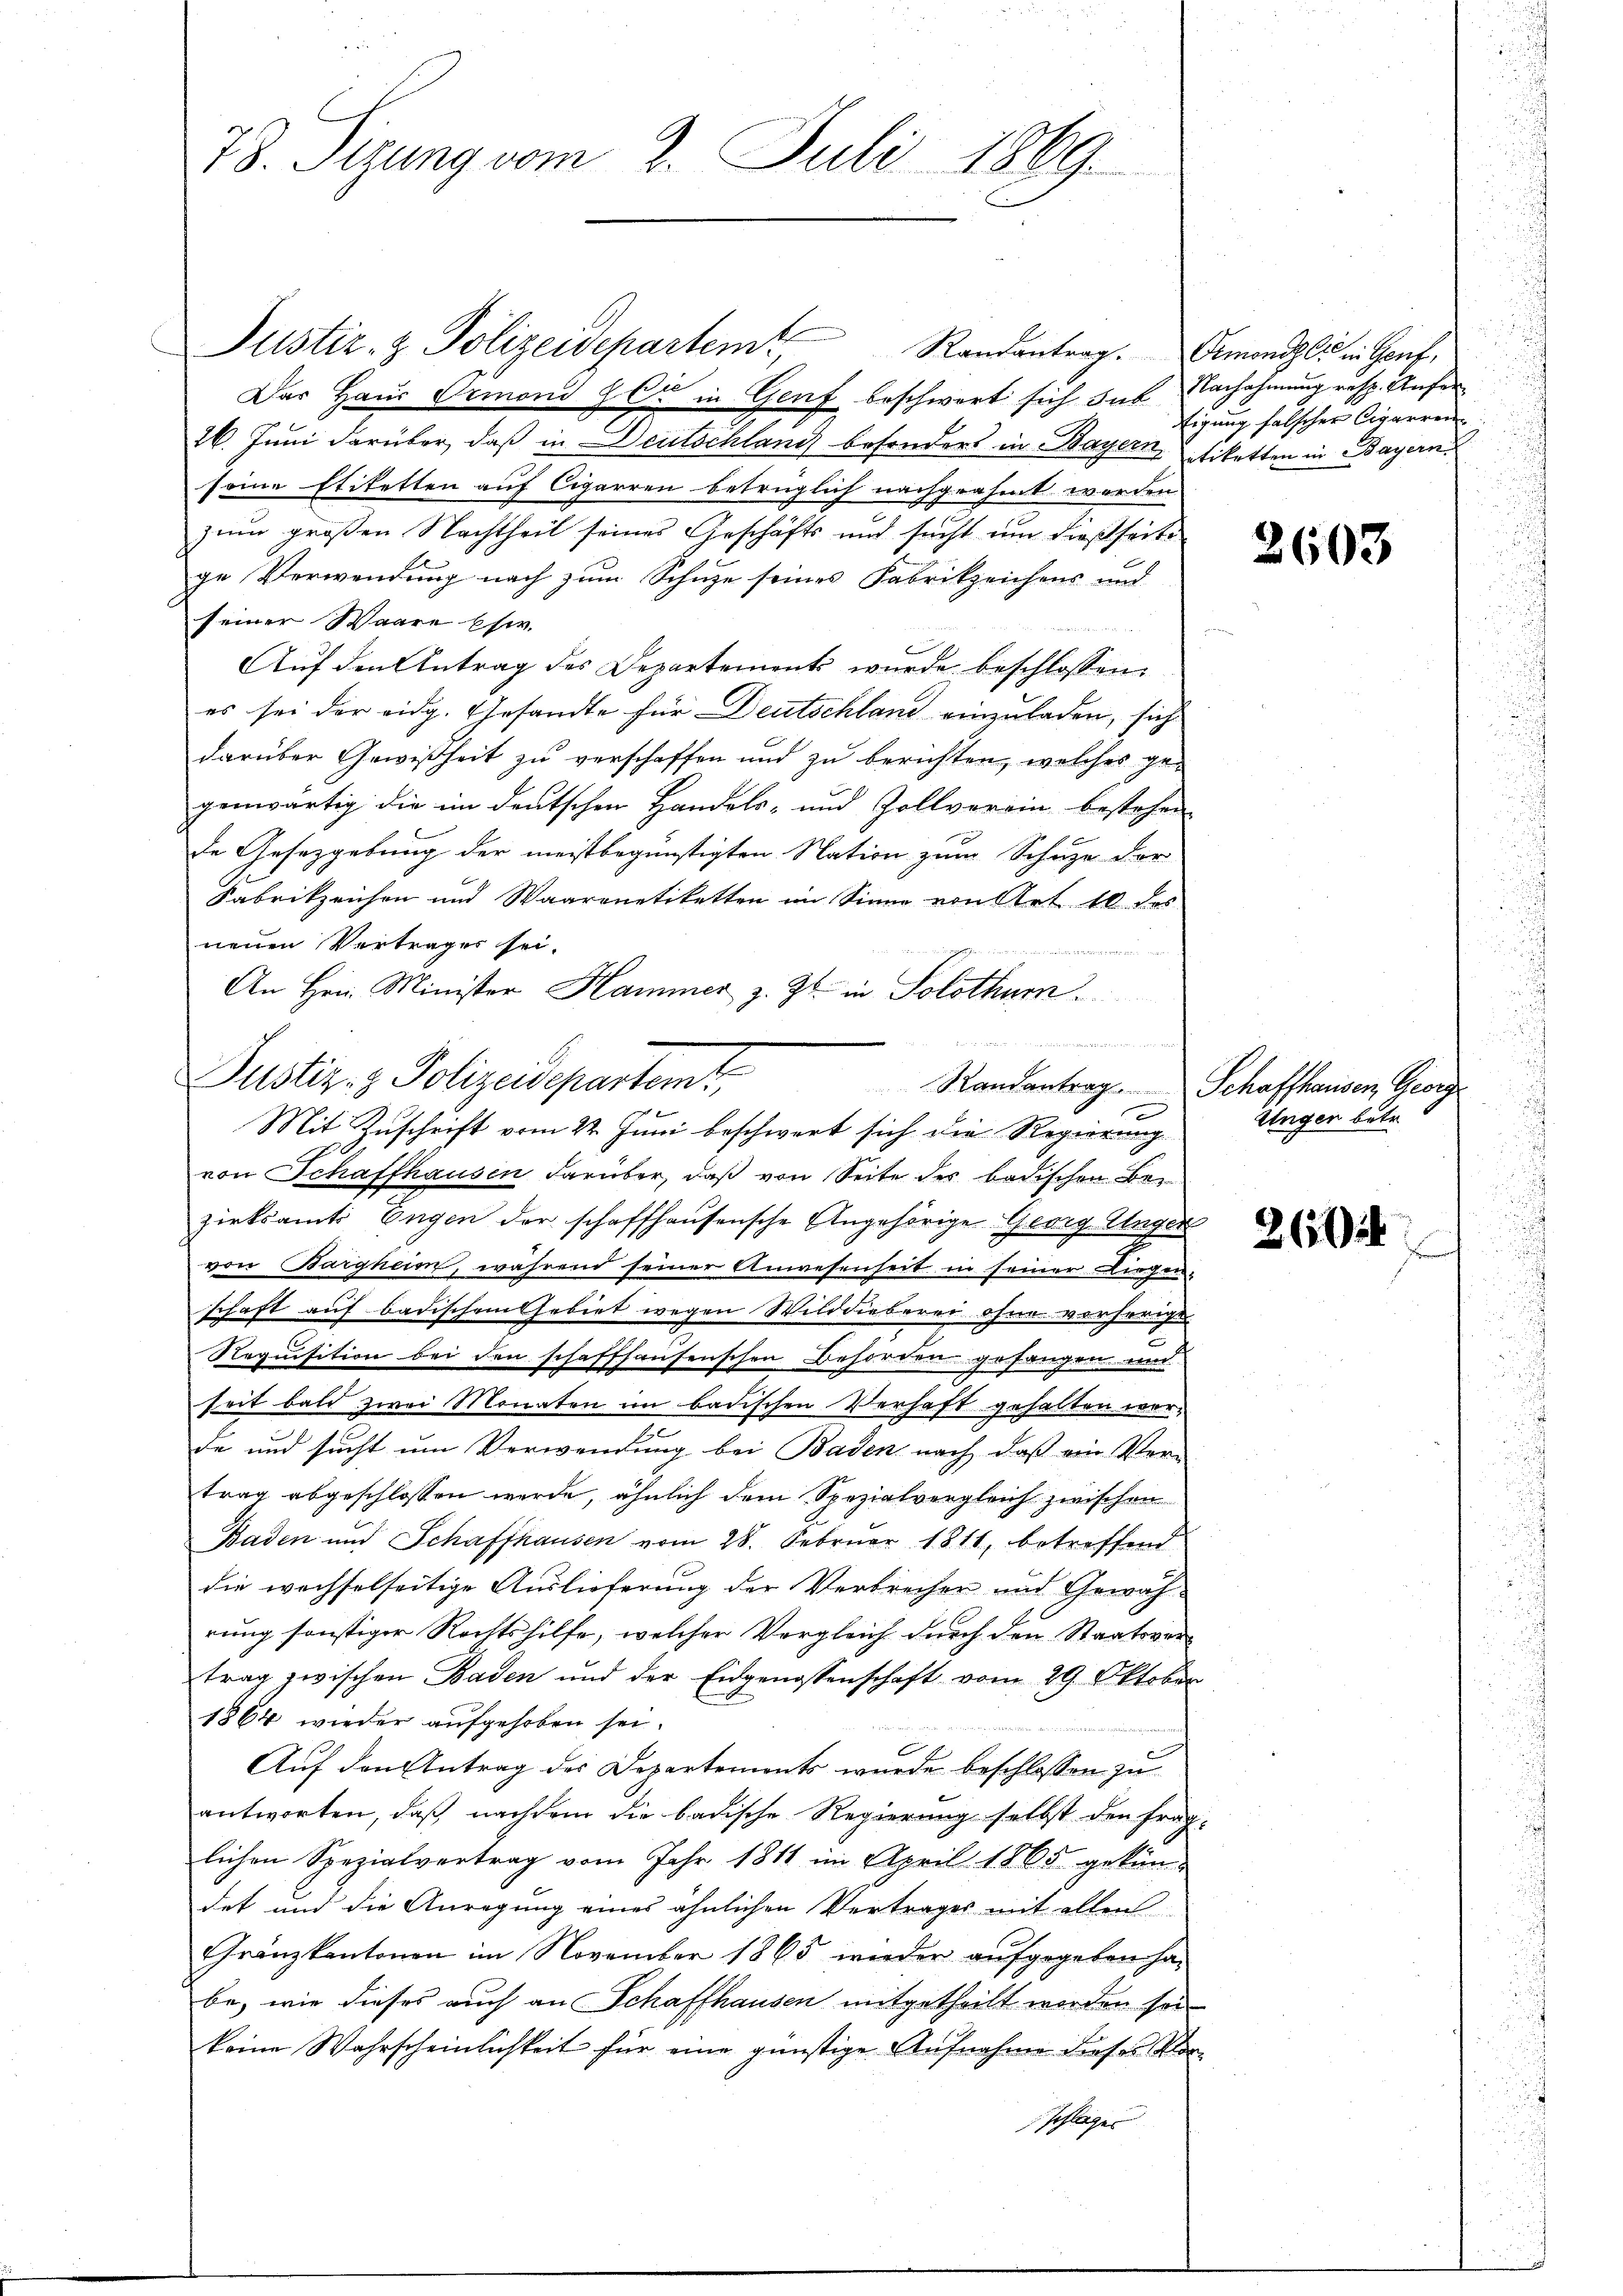
78. Sizung vom 2. Juli 1869.

Das Haus Ormond er in Genf beschwort sich das Nachahmung resp. Aufer¬
26. Juni darüber, daß in Deutschland besonders in Bayern, Nikotten in Bayern
seine Etiketten auf Cigarren betrüglich nachgeahmt werden
zum großen Nachtheil seines Geschäfts und sucht um dießseite
ge Verwendung nach zum Schuze seines Fabrikzeichens und
seiner Waare Ehe.
Auf den Antrag des Departements wurde beschlossen:
es sei der eidg. Gesandte für Deutschland einzuladen, sich
darüber Gewißheit zu verschaffen und zu berichten, welches gegenwärtig die im deutschen Handels- und Zollvorein bestehen
de Gesetzgebung der meistbegünstigten Nation zum Schuze der
Fabrikzeichen und Waarenetiketten im Sinne von Art. 10 des
neuen Vertrages sei.
rade zu der 375
An Hrn. Minister Hammer z. Zt. in Solothurn.
von Schaffhausen darüber, daß von Seite des badischen Bezirksamts Engen der schaffhausensche Angehörige Georg Unger
von Bargheim, während seiner Anwesenheit in seiner Liegen-
schaft auf badischem Gebiet wegen Wilddieberei ohne vorherige
Roquisition bei den schaffhausenschen Behörden gefangen und
seit bald zwei Monaten im badischen Verhaft gehalten werde und sucht um Verwendung bei Baden nach, daß ein Ver-
trag abgeschlossen werde, ähnlich dem Spezialvergleich zwischen
Baden und Schaffhausen vom 28. Februar 1811, betreffend
die wechselseitige Auslieferung der Verbrecher und Gewährung sonstiger Rechtshilfe, welcher Vergleich durch den Staatsver-
trag zwischen Baden und der Eidgenossenschaft vom 29. Oktober
1864 wieder aufgehoben sei.
e
Auf den Antrag des Departements wurde beschlossen zu
antworten, daß nachdem die badische Regierung selbst den frag-
lichen Spezialvertrag vom Jahr 1811 im April 1865 gekün-
det und die Anregung eines ähnlichen Vertrages mit allen
Gränzkantonen im November 1865 wieder aŭfgegeben ha-
be, wie dieses auch an Schaffhausen mitgetheilt werden sei
keine Wahrscheinlichkeit für eine günstige Aufnahme dieses Vorschlagen

Justiz- & Polizeidepartemt,

. Mitte S. 1444 MAMM NB II 12251/5/G,1815
Justiz & Polizeidepartem
Randantrag. Schaffhausen, Georg
f
d
Mit Zuschrift vom 22. Juni beschwert sich die Regierung

Randantrag. Ormondzli in Genf,

tigung falscher Cigarren

2603

Ringer betr.

2614